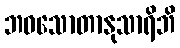
ဘဝသောတာနုသာရိဘိ